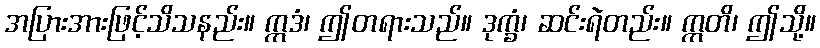
အပြားအားဖြင့်သိသနည်း။ ဣဒံ၊ ဤတရားသည်။ ဒုက္ခံ၊ ဆင်းရဲတည်း။ ဣတိ၊ ဤသို့။